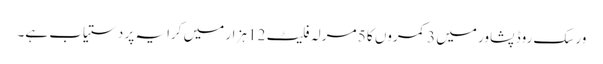
ورسک روڈ پشاور میں 3 کمروں کا 5 مرلہ فلیٹ 12 ہزار میں کرایہ پر دستیاب ہے۔